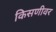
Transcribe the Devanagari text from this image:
किसणीवर